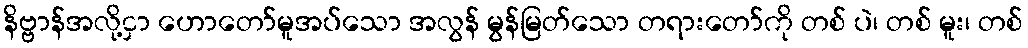
နိဗ္ဗာန်အလို့ငှာ ဟောတော်မူအပ်သော အလွန် မွန်မြတ်သော တရားတော်ကို တစ် ပဲ၊ တစ် မူး၊ တစ်